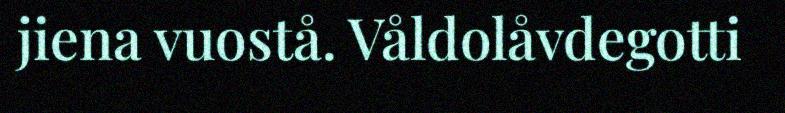
jiena vuostå. Våldolåvdegotti